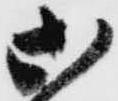
御